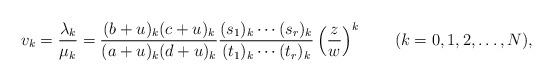
LaTeX: \begin{align*}v_k=\dfrac{\lambda_k}{\mu_k}=\dfrac{(b+u)_k(c+u)_k}{(a+u)_k(d+u)_k}\dfrac{(s_1)_k\cdots(s_r)_k}{(t_1)_k\cdots(t_r)_k} \left(\dfrac{z}{w}\right)^k \qquad(k=0,1,2,\ldots,N), \end{align*}